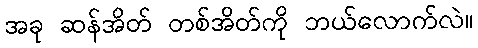
အခု ဆန်အိတ် တစ်အိတ်ကို ဘယ်လောက်လဲ။